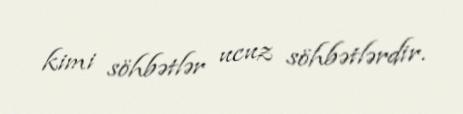
kimi söhbətlər ucuz söhbətlərdir.